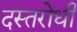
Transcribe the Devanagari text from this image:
दस्तरोधी